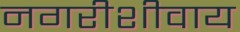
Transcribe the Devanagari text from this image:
नगरीशीवाय